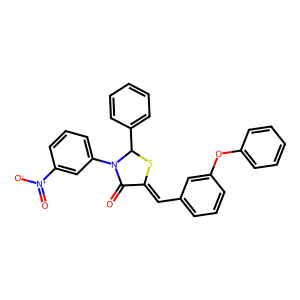
SMILES: O=C1C(=Cc2cccc(Oc3ccccc3)c2)SC(c2ccccc2)N1c1cccc([N+](=O)[O-])c1
Inhibits HIV replication: No